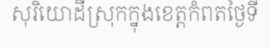
សុរិយោដីស្រុកក្នុងខេត្តកំពតថ្ងៃទី